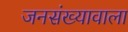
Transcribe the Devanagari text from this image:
जनसंख्यावाला